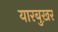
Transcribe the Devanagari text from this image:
यारबुख़र